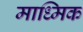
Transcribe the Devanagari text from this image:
माध्मिक